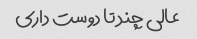
عالی چند تا دوست داری